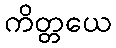
ကိတ္တယေ